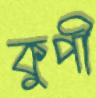
কুপী